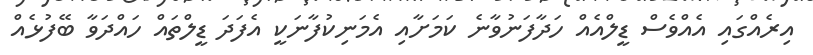
އިރެއްގައި އެއްވެސް ޑީލްއެއް ހަދާފަނުވާނެ ކަމަށާއި އެމަނިކުފާނަކީ އެފަދަ ޑީލްތައް ހައްދަވާ ބޭފުޅެއް